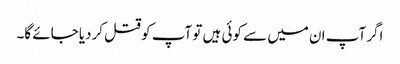
اگر آپ ان میں سے کوئی ہیں تو آپ کو قتل کردیا جائے گا۔